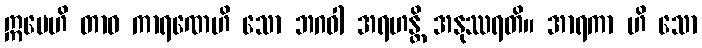
ဣမေဟိ တာဝ ကာရဏေဟိ သော ဘဂဝါ အရဟန္တိ အနုဿရတိ။ အာရကာ ဟိ သော